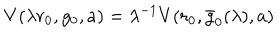
V ( \lambda r _ { 0 } , g _ { 0 } , a ) = \lambda ^ { - 1 } V ( r _ { 0 } , \bar { g } _ { 0 } ( \lambda ) , a )